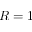
R = 1